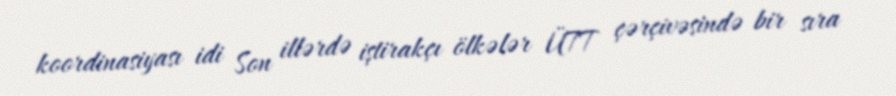
koordinasiyası idi Son illərdə iştirakçı ölkələr ÜTT çərçivəsində bir sıra